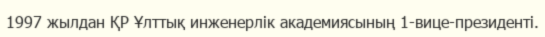
1997 жылдан ҚР Ұлттық инженерлік академиясының 1-вице-президенті.